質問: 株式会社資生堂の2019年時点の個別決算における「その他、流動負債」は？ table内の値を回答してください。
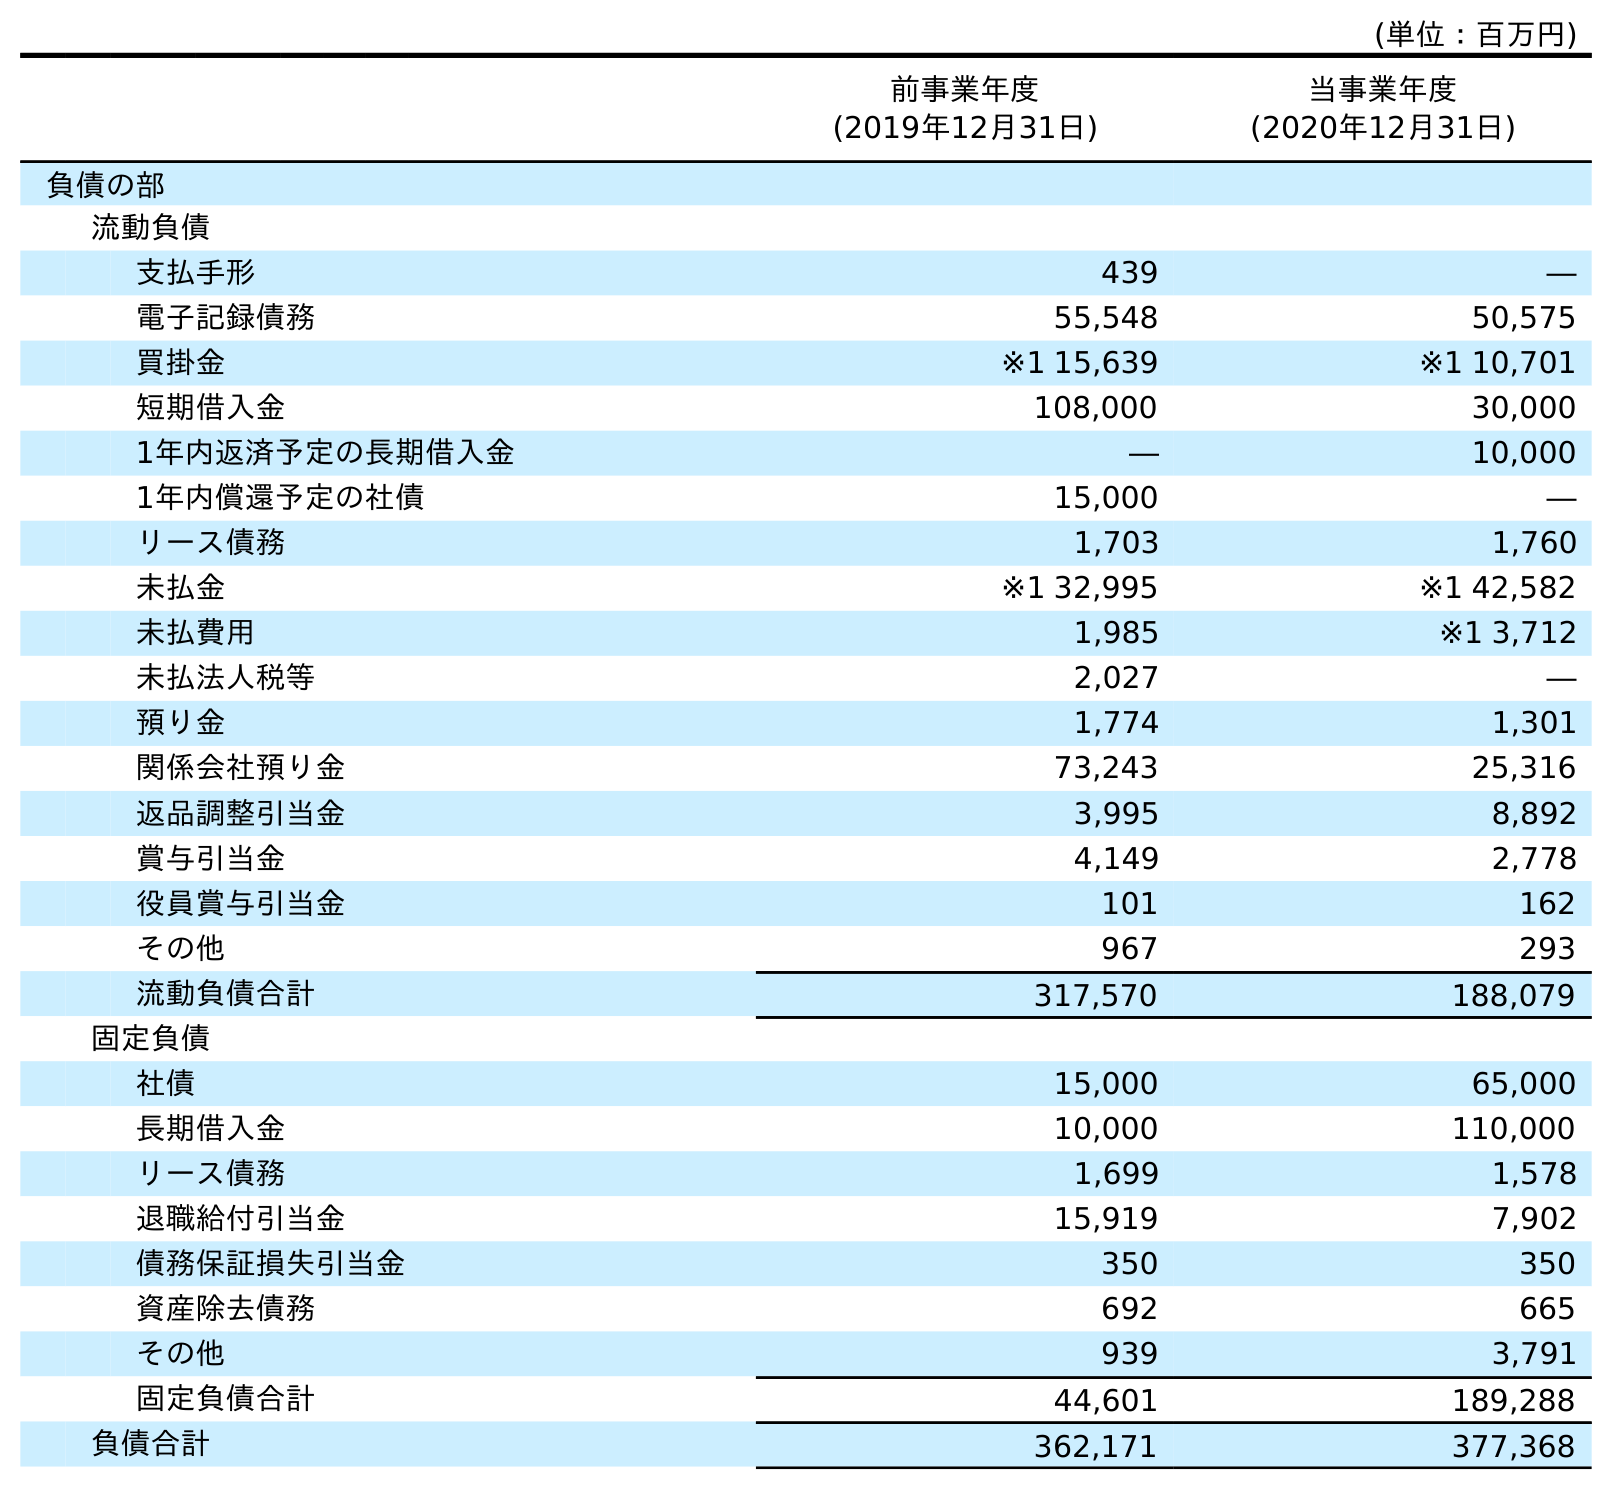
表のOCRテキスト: (単位：百万円) 前事業年度 (2019年12月31日) 当事業年度 (2020年12月31日) 負債の部 流動負債 支払手形 439 ― 電子記録債務 55,548 50,575 買掛金 ※1 15,639 ※1 10,701 短期借入金 108,000 30,000 1年内返済予定の長期借入金 ― 10,000 1年内償還予定の社債 15,000 ― リース債務 1,703 1,760 未払金 ※1 32,995 ※1 42,582 未払費用 1,985 ※1 3,712 未払法人税等 2,027 ― 預り金 1,774 1,301 関係会社預り金 73,243 25,316 返品調整引当金 3,995 8,892 賞与引当金 4,149 2,778 役員賞与引当金 101 162 その他 967 293 流動負債合計 317,570 188,079 固定負債 社債 15,000 65,000 長期借入金 10,000 110,000 リース債務 1,699 1,578 退職給付引当金 15,919 7,902 債務保証損失引当金 350 350 資産除去債務 692 665 その他 939 3,791 固定負債合計 44,601 189,288 負債合計 362,171 377,368
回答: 967